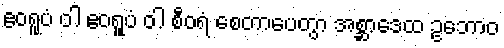
ဧဝရူပံ ဝါ ဧဝရူပံ ဝါ စီဝရံ စေတာပေတွာ အစ္ဆာဒေထ ဥဘောဝ